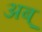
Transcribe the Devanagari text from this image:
अब्